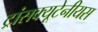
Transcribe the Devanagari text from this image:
ट्रांसक्यूटेनीयस